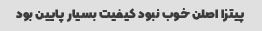
پیتزا اصلن خوب نبود کیفیت بسیار پایین بود